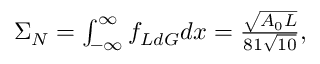
\begin{array} { r } { \Sigma _ { N } = \int _ { - \infty } ^ { \infty } f _ { L d G } d x = \frac { \sqrt { A _ { 0 } L } } { 8 1 \sqrt { 1 0 } } , } \end{array}